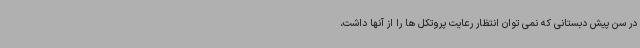
در سن پیش دبستانی که نمی توان انتظار رعایت پروتکل ها را از آنها داشت،